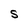
Character: S